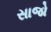
સાજો